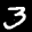
Label: 3